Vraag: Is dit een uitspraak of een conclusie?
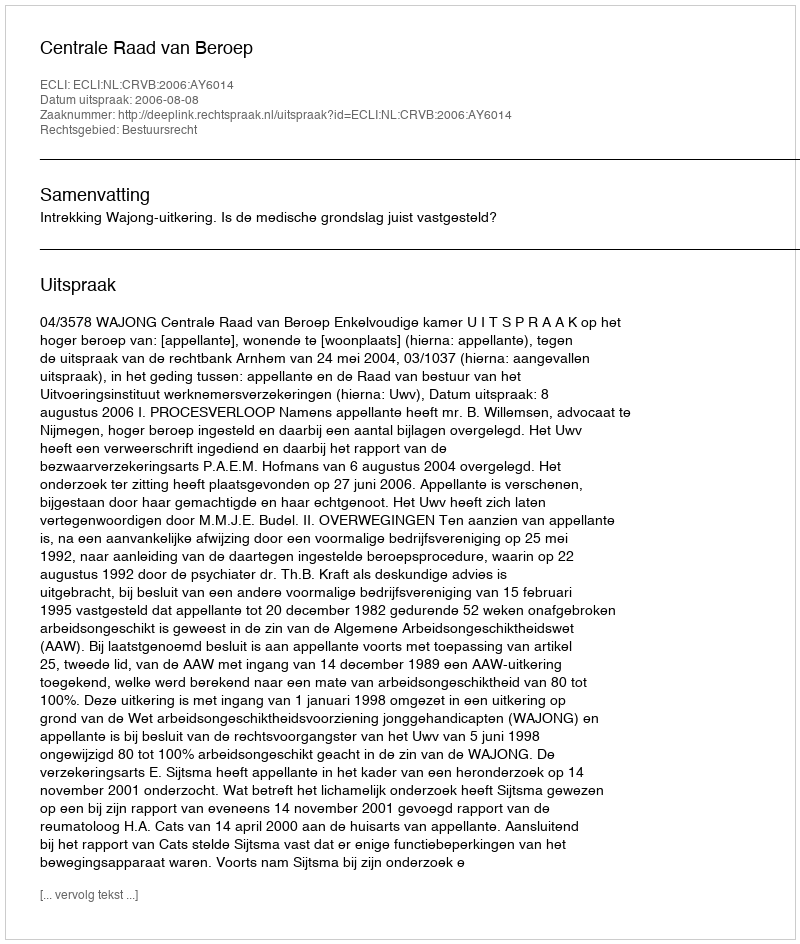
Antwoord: Uitspraak